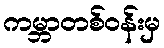
ကမ္ဘာတစ်ဝန်းမှ